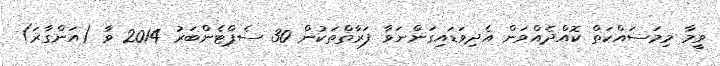
ވީމާ މިމަސައްކަތް ކޮއްދެއްވަން އެދިވަޑައިގަންނަވާ ފަރާތްތަކުން 30 ސެޕްޓެންބަރު 2014 ވާ (އަންގާރަ)